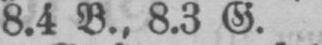
8.4 B., 8.3 G.